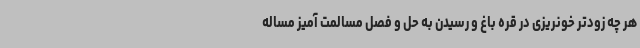
هر چه زودتر خونریزی در قره باغ و رسیدن به حل و فصل مسالمت آمیز مساله